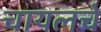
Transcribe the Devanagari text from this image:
चायलचे